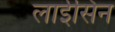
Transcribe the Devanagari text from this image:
लाईसिन